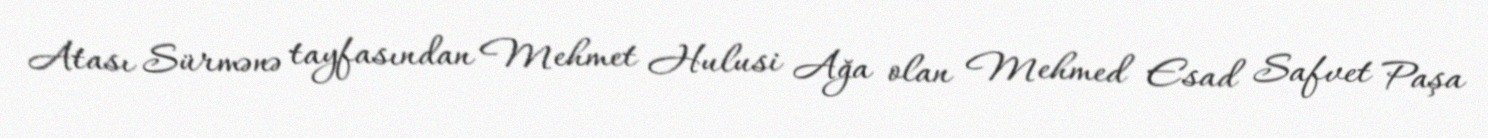
Atası Sürmənə tayfasından Mehmet Hulusi Ağa olan Mehmed Esad Safvet Paşa